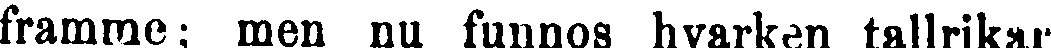
framme; men nu funns hvarken tallrikar